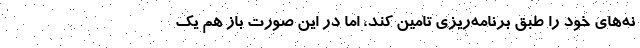
نه‌های خود را طبق برنامه‌ریزی تامین کند، اما در این صورت باز هم یک